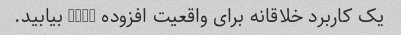
یک کاربرد خلاقانه برای واقعیت افزوده (AR) بیابید.